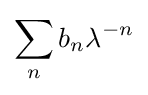
\sum _{n}b_{n}\lambda ^{-n}